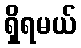
ရှိရမယ်